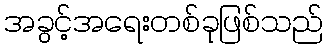
အခွင့်အရေးတစ်ခုဖြစ်သည်